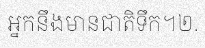
អ្នកនឹងមានជាតិទឹក។២.